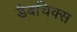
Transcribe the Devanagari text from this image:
डैबचिक्स